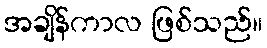
အချိန်ကာလ ဖြစ်သည်။